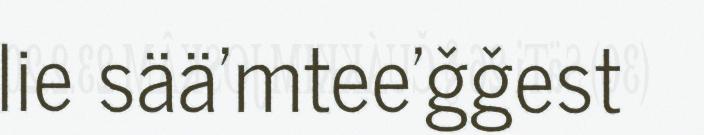
lie sää'mtee'ǧǧest